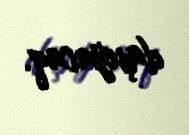
daşıyacaq.